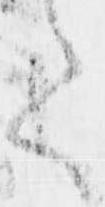
て